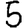
Digit: 5